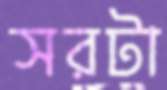
সরটা